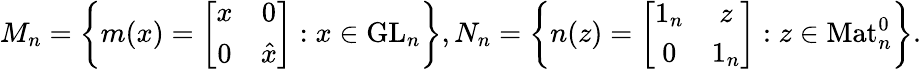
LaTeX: \begin{array}{r}{M_{n}=\left\{ m(x)=\left[\begin{array}{cc}{x}&{0}\\ {0}&{\hat{x}}\end{array}\right]:x\in\mathrm{GL}_{n}\right\} ,N_{n}=\left\{ n(z)=\left[\begin{array}{cc}{1_{n}}&{z}\\ {0}&{1_{n}}\end{array}\right]:z\in\mathrm{Mat}_{n}^{0}\right\} .}\end{array}